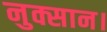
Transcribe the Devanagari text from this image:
नुक्सान।